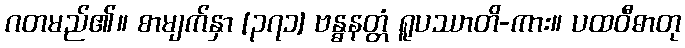
ဂတမည်၏။ စာမျက်နှာ [၃၇၁] ဗန္ဓနတ္တံ ရူပဿာတိ-ကား။ ပထဝီဓာတု